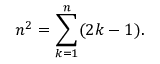
n ^ { 2 } = \sum _ { k = 1 } ^ { n } ( 2 k - 1 ) .